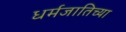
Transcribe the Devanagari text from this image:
धर्मजातिच्या